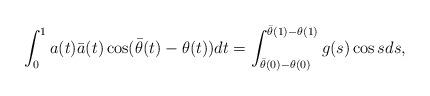
LaTeX: \begin{align*}\int_{0}^{1} a(t)\bar{a}(t)\cos (\bar{\theta}(t)-\theta(t)) dt=\int_{\bar{\theta}(0)-\theta(0)}^{\bar{\theta}(1)-\theta(1)} g(s)\cos s ds,\end{align*}